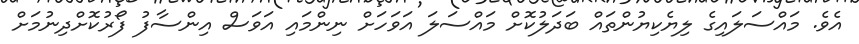
އެވެ. މައްސަލައިގެ ލިޔެކިޔުންތައް ބަދަލުކޮށް މައްސަލަ އަވަހަށް ނިންމައި އަވަސް އިންސާފު ފޯރުކޮށްދިނުމަށް